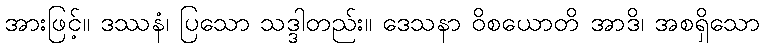
အားဖြင့်။ ဒဿနံ၊ ပြသော သဒ္ဒါတည်း။ ဒေသနာ ဝိစယောတိ အာဒိ၊ အစရှိသော